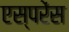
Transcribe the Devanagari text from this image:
एस्परेंस